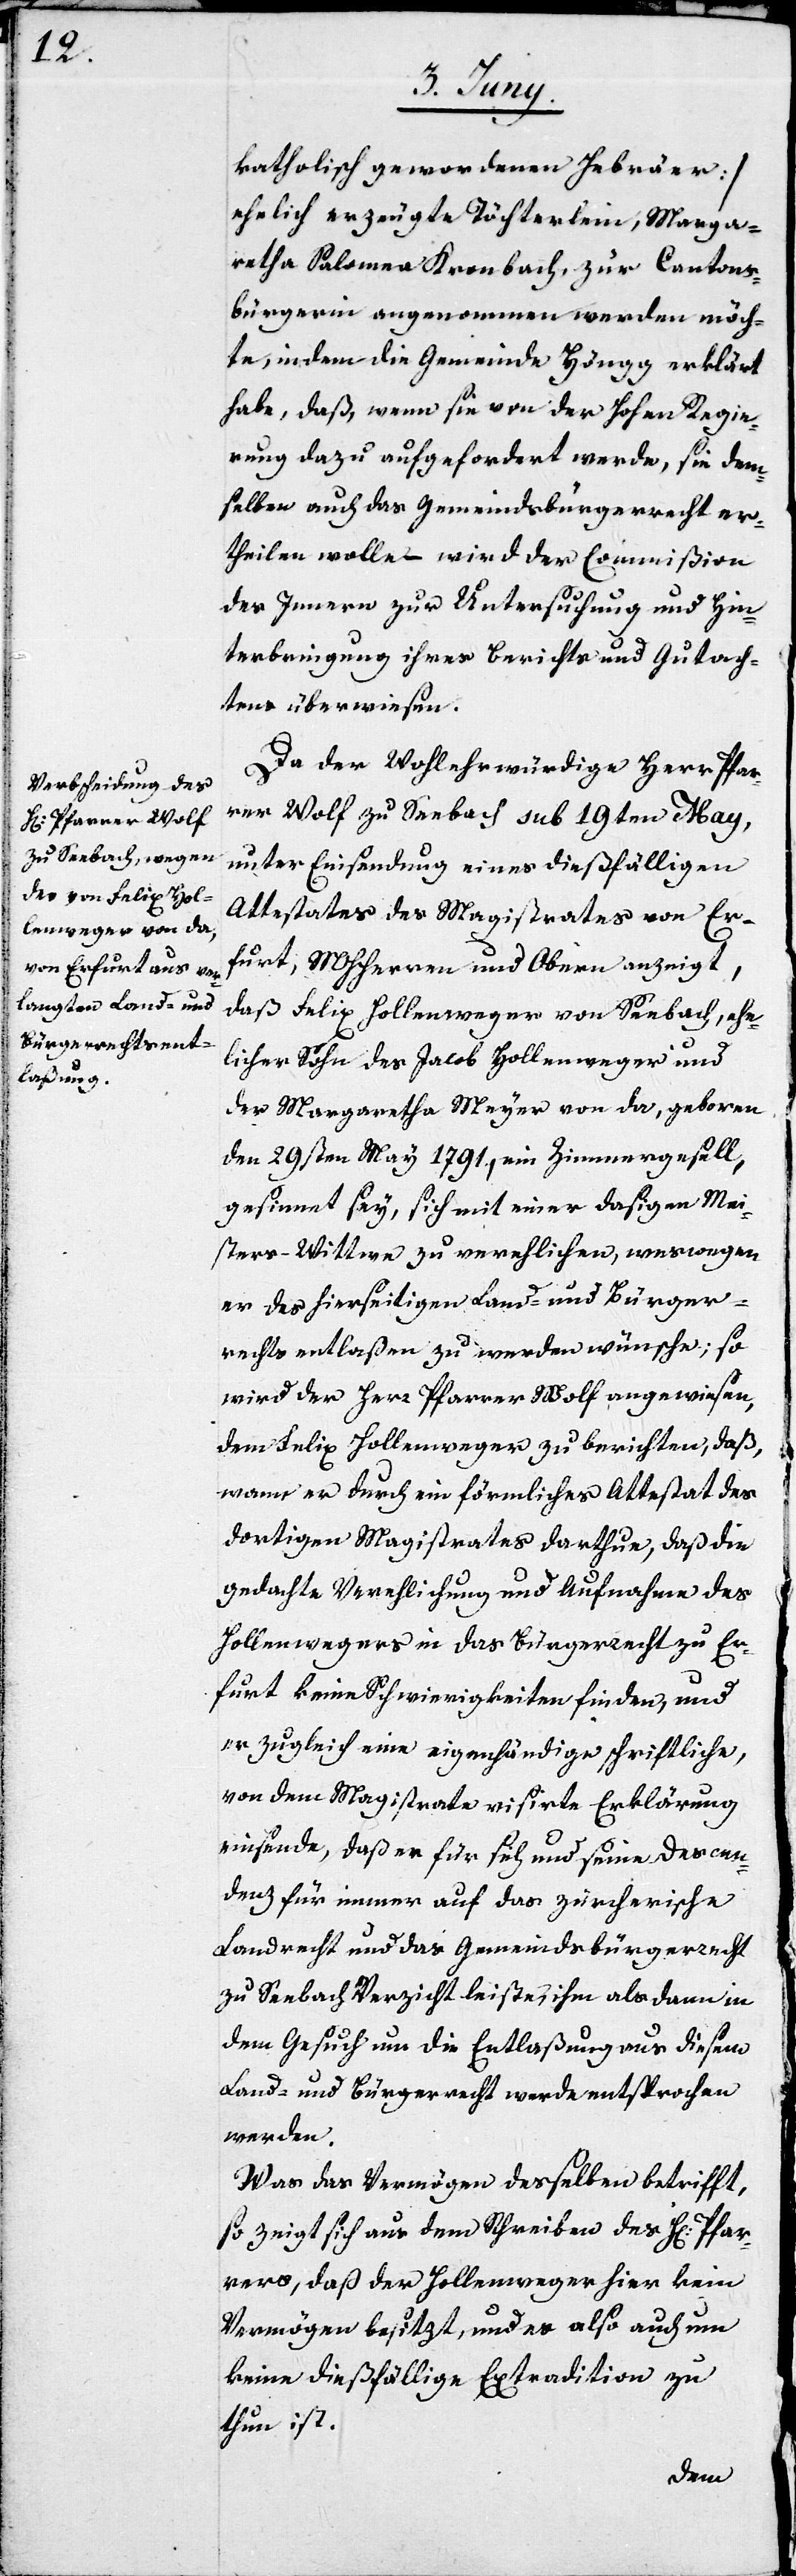
katholisch gewordenen Hebräer]
ehelich erzeugte Töchterlein, Marga¬
retha Salomea Kronbach, zur Cantons¬
bürgerin angenommen werden möch¬
te, indem die Gemeinde Höngg erklärt
habe, daß, wenn sie von der Hohen Regie¬
rung dazu aufgefordert werde, sie dem¬
selben auch das Gemeindsbürgerrecht er¬
theilen wolle – wird der Commißion
des Innern zur Untersuchung und Hin¬
terbringung ihres Berichts und Gutach¬
tens überwiesen.
Da der Wohlehrwürdige Herr Pfar¬
rer Wolf zu Seebach sub 19ten May,
unter Einsendung eines dießfälligen
Attestates des Magistrates von Ehr¬
furt, MHHerren und Obern anzeigt,
daß Felix Hollenweger von Seebach, ehe¬
licher Sohn des Jacob Hollenweger und
der Margaretha Meyer von da, geboren
den 29sten May 1791., ein Zimmergesell,
gesinnet sey, sich mit einer dasigen Mei¬
sters-Wittwe zu verehlichen, weswegen
er des hierseitigen Land- und Bürger¬
rechts entlaßen zu werden wünsche; so
wird der Herr Pfarrer Wolf angewiesen,
dem Felix Hollenweger zu berichten, daß,
wenn er durch ein förmliches Attestat des
dortigen Magistrates darthue, daß die
gedachte Verehlichung und Aufnahme des
Hollenwegers in das Bürgerrecht zu Ehr¬
furt keine Schwierigkeiten finden, und
er zugleich eine eigenhändige schriftliche,
von dem Magistrate visierte Erklärung
einsende, daß er für sich und seine Descen¬
denz für immer auf das zürcherische
Landrecht und das Gemeindsbürgerrecht
zu Seebach Verzicht leiste, ihm als dann in
dem Gesuch um die Entlaßung aus diesem
Land- und Bürgerrecht werde entsprochen
werden.
Was das Vermögen desselben betrifft,
so zeigt sich aus dem Schreiben des H[errn] Pfar¬
rers, daß der Hollenweger hier kein
Vermögen besitzt, und es also auch um
keine dießfällige Extradition zu
thun ist.